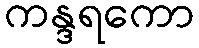
ကန္ဒရကော